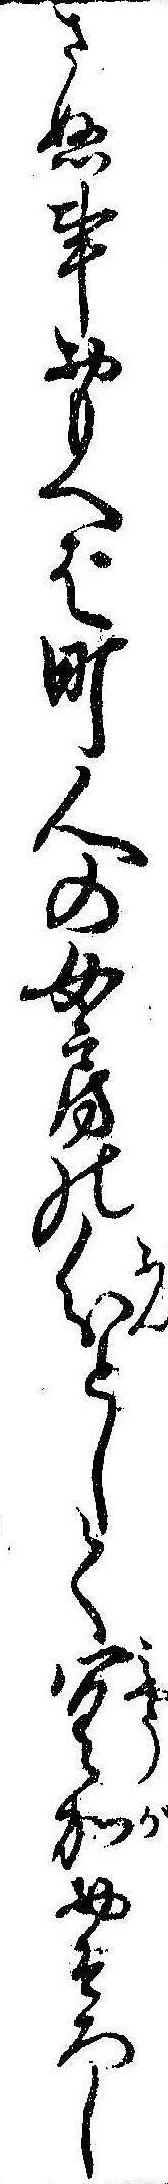
さぬ事おもへば町人の女房の分として冥加おそろし